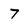
Character: 7